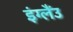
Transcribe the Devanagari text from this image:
इंग्लैंउ